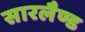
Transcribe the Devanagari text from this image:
सारलैण्ड